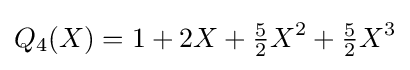
Q_{4}(X)=1+2X+{\tfrac {5}{2}}X^{2}+{\tfrac {5}{2}}X^{3}